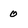
Character: 0